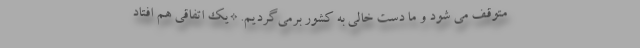
متوقف می شود و ما دست خالی به کشور برمی‌گردیم. *یک اتفاقی هم افتاد